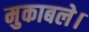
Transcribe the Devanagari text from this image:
मुकाबले।